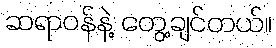
ဆရာဝန်နဲ့ တွေ့ချင်တယ်။